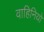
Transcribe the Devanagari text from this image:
वाहिनियो